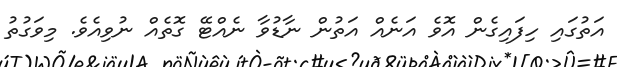
އަތުގައި ހިފައިގެން އޮވެ އަނެއް އަތުން ނާޑުވާ ނެއްޓޭ ގޮތެއް ނުވިއެވެ. މިވަގުތު